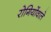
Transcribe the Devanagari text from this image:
रोगियोंवाले